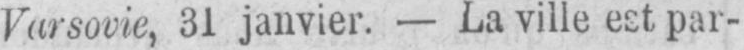
par-